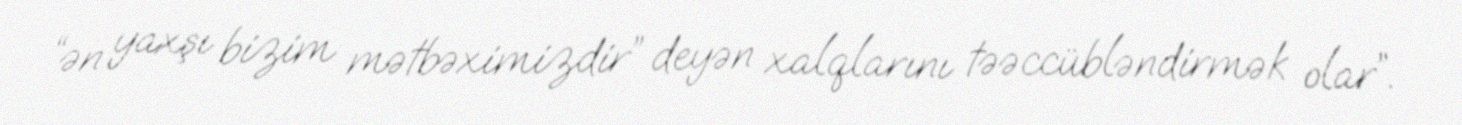
“ən yaxşı bizim mətbəximizdir” deyən xalqlarını təəccübləndirmək olar”.